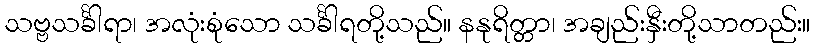
သဗ္ဗသင်္ခါရာ၊ အလုံးစုံသော သင်္ခါရတို့သည်။ နနုရိတ္တာ၊ အချည်းနှီးတို့သာတည်း။